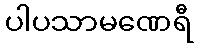
ပါပသာမဏေရီ